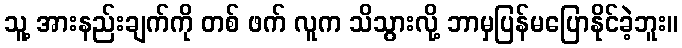
သူ့ အားနည်းချက်ကို တစ် ဖက် လူက သိသွားလို့ ဘာမှပြန်မပြောနိုင်ခဲ့ဘူး။